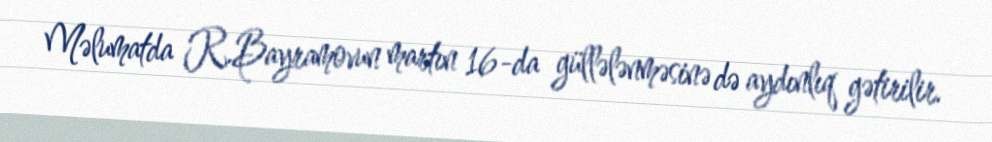
Məlumatda R.Bayramovun martın 16-da güllələnməsinə də aydınlıq gətirilir.